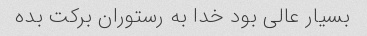
بسیار عالی بود خدا به رستوران برکت بده